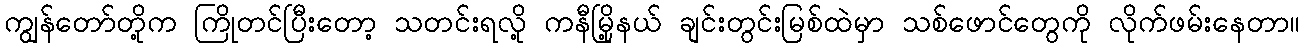
ကျွန်တော်တို့က ကြိုတင်ပြီးတော့ သတင်းရလို့ ကနီမြို့နယ် ချင်းတွင်းမြစ်ထဲမှာ သစ်ဖောင်တွေကို လိုက်ဖမ်းနေတာ။